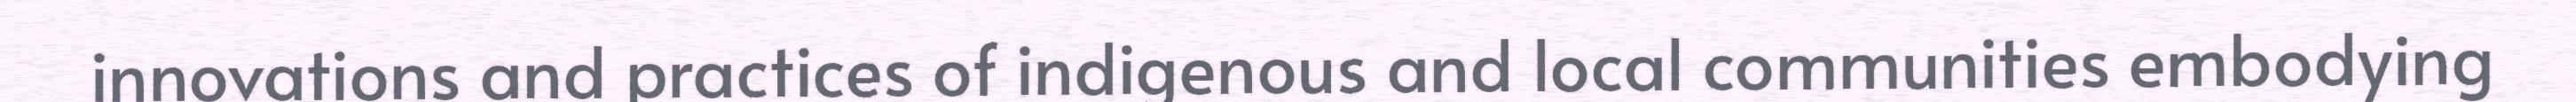
innovations and practices of indigenous and local communities embodying